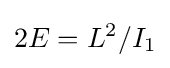
2E=L^{2}/I_{1}